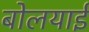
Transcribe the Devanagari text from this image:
बोलयाई